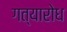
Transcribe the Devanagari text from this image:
गत्यारोध